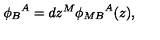
{ \phi _ { B } } ^ { A } = d z ^ { M } { \phi _ { M B } } ^ { A } ( z ) ,